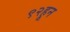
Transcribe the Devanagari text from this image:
९२हून